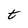
Character: t